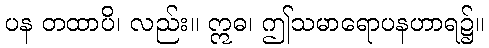
ပန တထာပိ၊ လည်း။ ဣဓ၊ ဤသမာရောပနဟာရ၌။